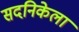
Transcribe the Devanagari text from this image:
सदनिकेला